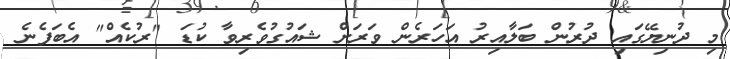
މި ދުނިޔޭގައި ދުރުން ބަލާއިރު އަހަރެން ވަރަށް ޝައުގުވެރިވާ ކުޑަ "ރުކެއް" އެބަފެނެ